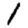
Digit: 1